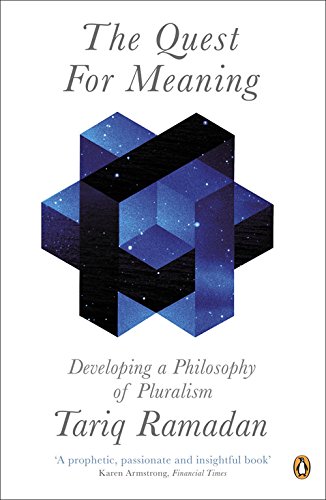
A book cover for The Quest for Meaning: Developing a Philosophy of Pluralism; Tariq Ramadan; Religion & Spirituality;